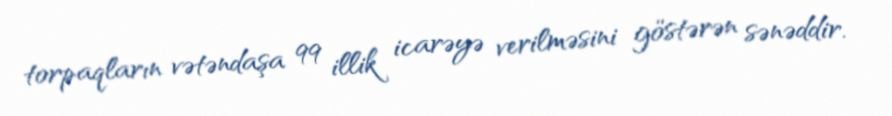
torpaqların vətəndaşa 99 illik icarəyə verilməsini göstərən sənəddir.